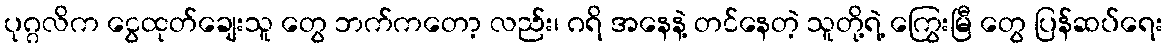
ပုဂ္ဂလိက ငွေထုတ်ချေးသူ တွေ ဘက်ကတော့ လည်း၊ ဂရိ အနေနဲ့ တင်နေတဲ့ သူတို့ရဲ့ ကြွေးမြီ တွေ ပြန်ဆပ်ရေး